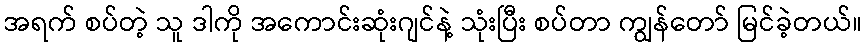
အရက် စပ်တဲ့ သူ ဒါကို အကောင်းဆုံးဂျင်နဲ့ သုံးပြီး စပ်တာ ကျွန်တော် မြင်ခဲ့တယ်။